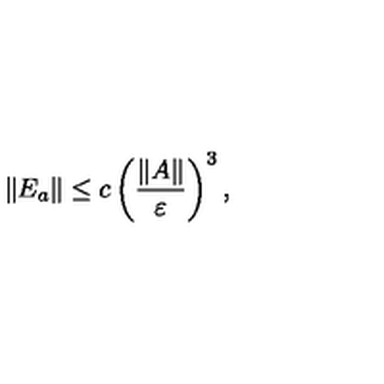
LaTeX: \| E _ { a } \| \leq c \left( \frac { \| A \| } { \varepsilon } \right) ^ { 3 } ,